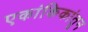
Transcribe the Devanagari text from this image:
एकांकिकांतून